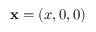
{ \mathbf { x } } = ( x , 0 , 0 )